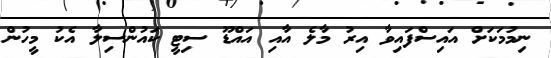
ނިމުމަކަށް އައިސްފައިވާ އިރު މާލެ އާއި އައްޑޫ ސިޓީ ކައުންސިލާ އެކު މީހުން